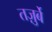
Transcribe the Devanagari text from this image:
तज़ुर्बे